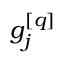
g _ { j } ^ { [ q ] }